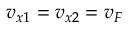
v _ { x 1 } = v _ { x 2 } = v _ { F }